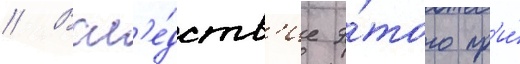
// Всл'е́дств'ие э́того пр'и́